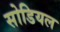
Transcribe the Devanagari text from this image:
सोडियल